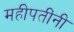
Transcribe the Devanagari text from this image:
महीपतींनी